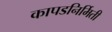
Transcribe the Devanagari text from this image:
कापडनिर्मिती